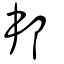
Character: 𤰫